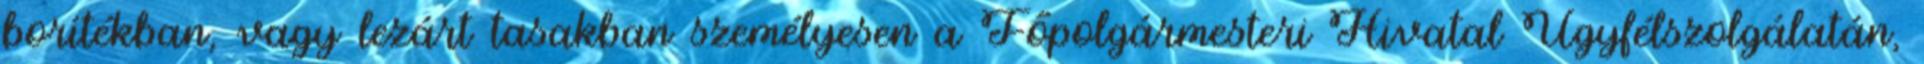
borítékban, vagy lezárt tasakban személyesen a Főpolgármesteri Hivatal Ügyfélszolgálatán,